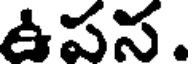
ఉపస.